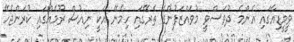
ވީމީޑިއާގައި އެންމެ ދުވަސްވީ މުވައްޒަފުންގެ ތެރޭގައި ހިމެނޭ އަކީ ނިއުސް ރޫމެއްގައި ކުރަންޖެހޭ